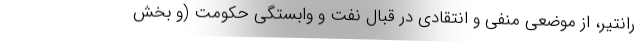
رانتیر، از موضعی منفی و انتقادی در قبال نفت و وابستگی حکومت (و بخش